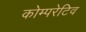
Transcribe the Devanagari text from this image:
कोम्परेटिव